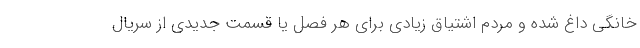
خانگی داغ شده و مردم اشتیاق زیادی برای هر فصل یا قسمت جدیدی از سریال